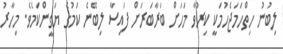
ލިބުނު ހިތްހަމަޖެހުމަކީ ކިރުވާ މަހަށް ބަރާބަރަށް ފައިސާ ލިބޭނެ ކަމުގެ ޔަގީންކަމެވެ. މިހާރު